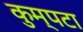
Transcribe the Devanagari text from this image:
कुम्पटा